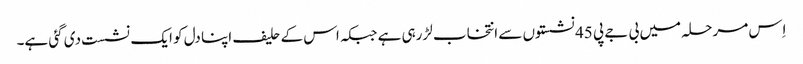
اِس مرحلہ میں بی جے پی 45 نشستوں سے انتخاب لڑرہی ہے جبکہ اس کے حلیف اپنا دل کو ایک نشست دی گئی ہے۔